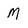
Character: M